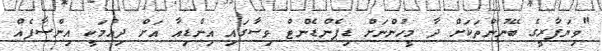
"ވިޔަފާރީގެ ބޭނުންތަކަށް ދާ މީހުންނަށް ޑިޕެންޑެންޓް ވިސާގައި އިންޑިއާ އަށް ދިއުމަކީ އިންސާފެއް